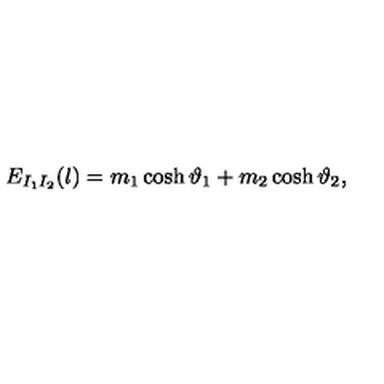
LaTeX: E _ { I _ { 1 } I _ { 2 } } ( l ) = m _ { 1 } \cosh \vartheta _ { 1 } + m _ { 2 } \cosh \vartheta _ { 2 } ,